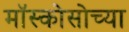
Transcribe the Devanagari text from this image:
मॉस्कोसोच्या